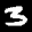
Label: 3